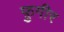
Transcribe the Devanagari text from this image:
फ़ुगीर